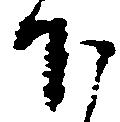
下